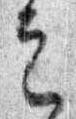
定